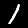
Digit: 1